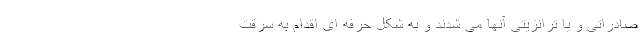
صادراتی و یا ترانزیتی آنها می شدند و به شکل حرفه ای اقدام به سرقت